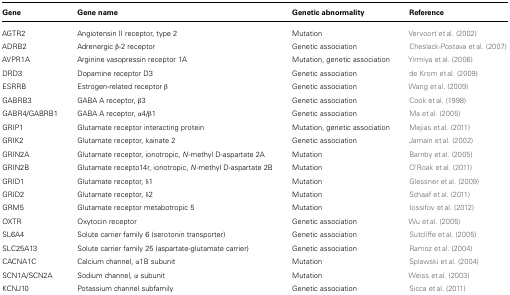
<table><thead><tr><td><b>Gene</b></td><td><b>Gene name</b></td><td><b>Genetic abnormality</b></td><td><b>Reference</b></td></tr></thead><tbody><tr><td>AGTR2</td><td>Angiotensin II receptor, type 2</td><td>Mutation</td><td>Vervoort et al. (2002)</td></tr><tr><td>ADRB2</td><td>Adrenergic β-2 receptor</td><td>Genetic association</td><td>Cheslack-Postava et al. (2007)</td></tr><tr><td>AVPR1A</td><td>Arginine vasopressin receptor 1A</td><td>Mutation, genetic association</td><td>Yirmiya et al. (2006)</td></tr><tr><td>DRD3</td><td>Dopamine receptor D3</td><td>Genetic association</td><td>de Krom et al. (2009)</td></tr><tr><td>ESRRB</td><td>Estrogen-related receptor β</td><td>Genetic association</td><td>Wang et al. (2009)</td></tr><tr><td>GABRB3</td><td>GABA A receptor, β3</td><td>Genetic association</td><td>Cook et al. (1998)</td></tr><tr><td>GABR4/GABRB1</td><td>GABA A receptor, α4/β1</td><td>Genetic association</td><td>Ma et al. (2005)</td></tr><tr><td>GRIP1</td><td>Glutamate receptor interacting protein</td><td>Mutation, genetic association</td><td>Mejias et al. (2011)</td></tr><tr><td>GRIK2</td><td>Glutamate receptor, kainate 2</td><td>Genetic association</td><td>Jamain et al. (2002)</td></tr><tr><td>GRIN2A</td><td>Glutamate receptor, ionotropic, <i>N</i>-methyl D-aspartate 2A</td><td>Mutation</td><td>Barnby et al. (2005)</td></tr><tr><td>GRIN2B</td><td>Glutamate recepto14r, ionotropic, <i>N</i>-methyl D-aspartate 2B</td><td>Mutation</td><td>O&#x27;Roak et al. (2011)</td></tr><tr><td>GRID1</td><td>Glutamate receptor, δ1</td><td>Mutation</td><td>Glessner et al. (2009)</td></tr><tr><td>GRID2</td><td>Glutamate receptor, δ2</td><td>Mutation</td><td>Schaaf et al. (2011)</td></tr><tr><td>GRM5</td><td>Glutamate receptor metabotropic 5</td><td>Mutation</td><td>Iossifov et al. (2012)</td></tr><tr><td>OXTR</td><td>Oxytocin receptor</td><td>Genetic association</td><td>Wu et al. (2005)</td></tr><tr><td>SL6A4</td><td>Solute carrier family 6 (serotonin transporter)</td><td>Genetic association</td><td>Sutcliffe et al. (2005)</td></tr><tr><td>SLC25A13</td><td>Solute carrier family 25 (aspartate-glutamate carrier)</td><td>Genetic association</td><td>Ramoz et al. (2004)</td></tr><tr><td>CACNA1C</td><td>Calcium channel, α1B subunit</td><td>Mutation</td><td>Splawski et al. (2004)</td></tr><tr><td>SCN1A/SCN2A</td><td>Sodium channel, α subunit</td><td>Mutation</td><td>Weiss et al. (2003)</td></tr><tr><td>KCNJ10</td><td>Potassium channel subfamily</td><td>Genetic association</td><td>Sicca et al. (2011)</td></tr></tbody></table>